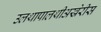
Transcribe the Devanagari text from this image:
उलथापालथीअखेरीस